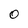
Character: o